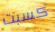
كسبت